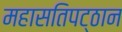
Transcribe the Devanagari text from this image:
महासतिपट्ठान